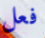
فعل